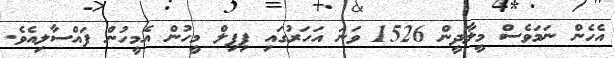
އެހެން ނަމަވެސް މީލާދީން 1526 ވަނަ އަހަރުގައި ޕިޕިލް މީހުން އެމީހުން ފައްސާލިއެވެ.